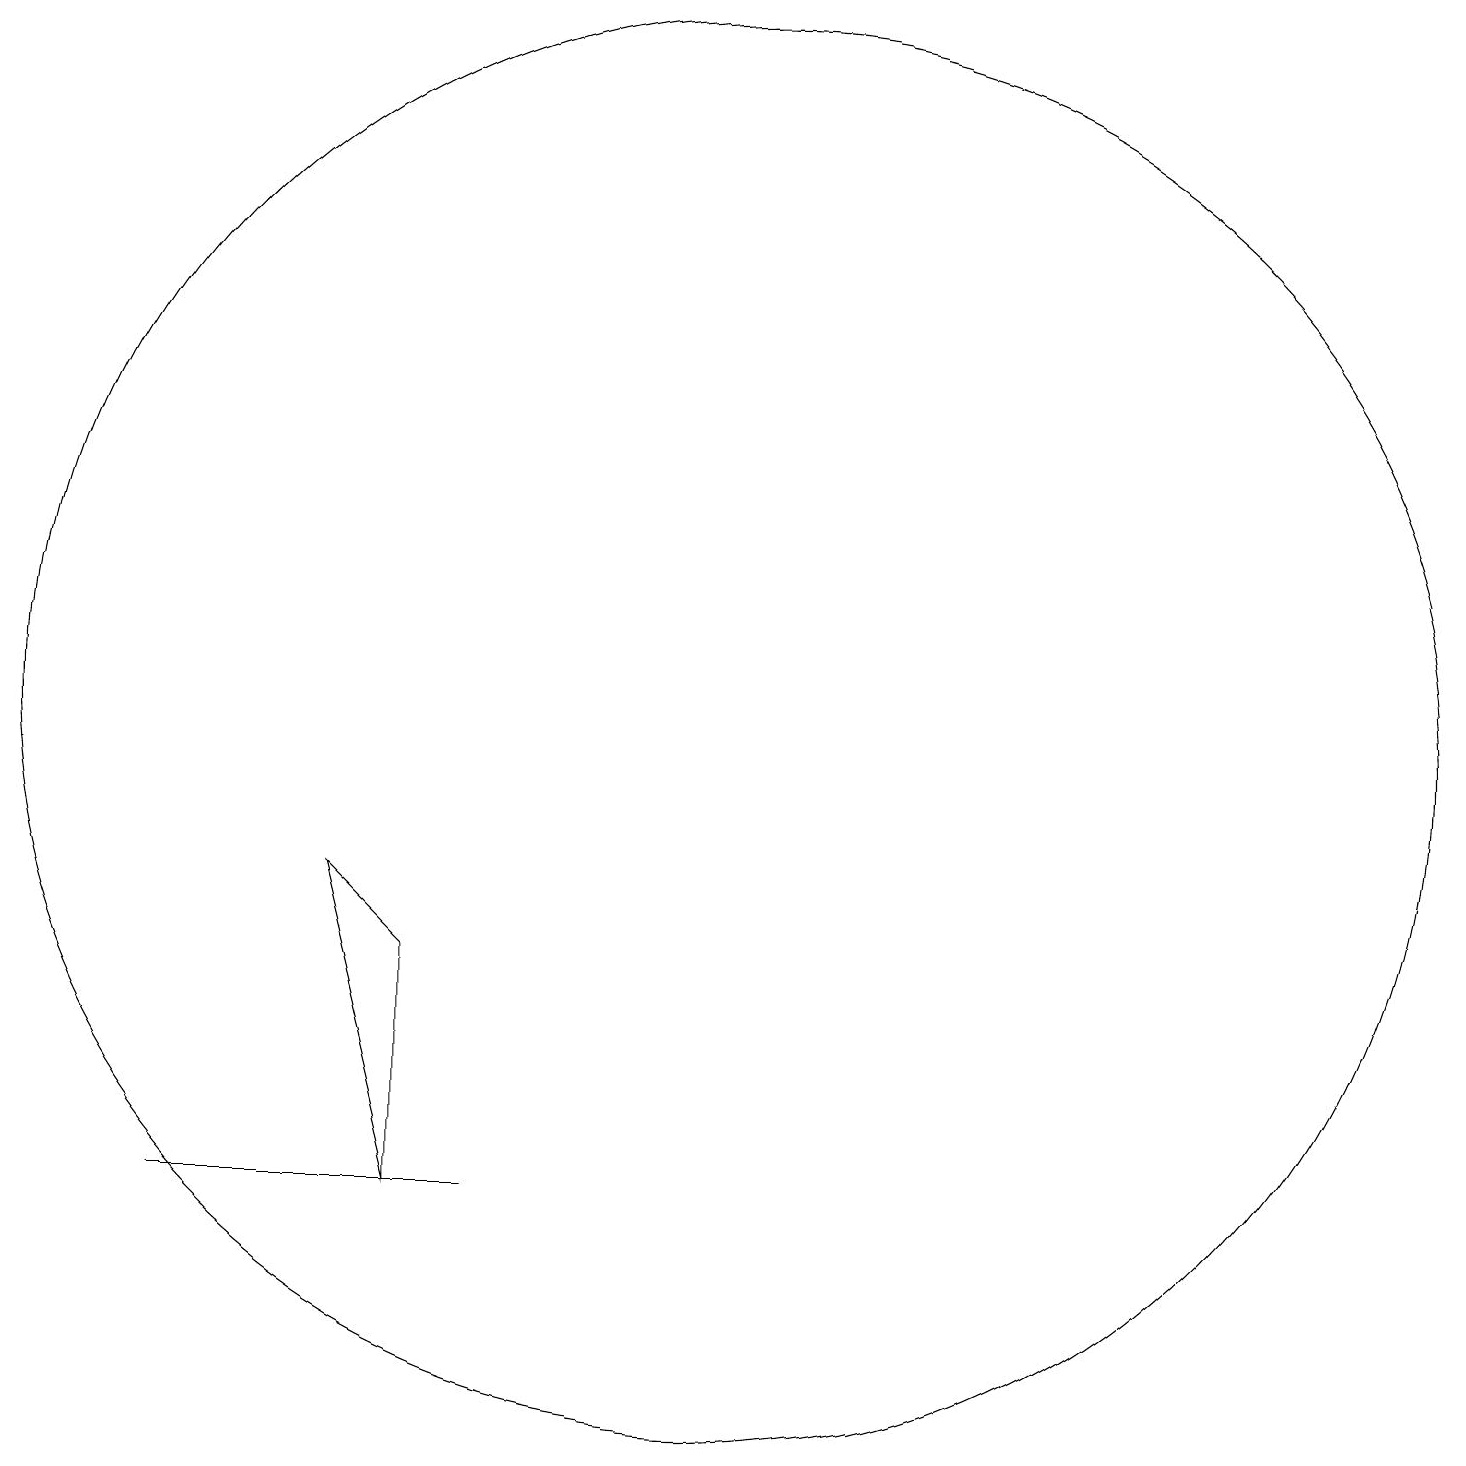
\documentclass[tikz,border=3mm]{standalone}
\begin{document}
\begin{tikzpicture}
\draw (7,5) -- (7,8) -- (6,9) -- cycle;
\draw (8,5) -- (7,5) -- (4,5) -- cycle;
\draw (11,11) circle (9);
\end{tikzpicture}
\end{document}